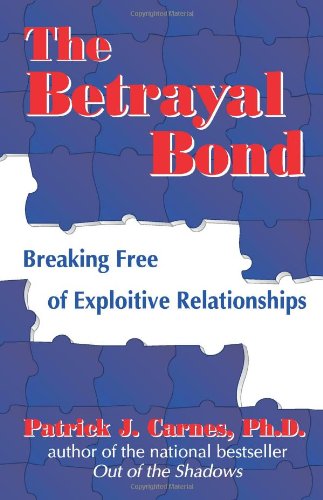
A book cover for The Betrayal Bond: Breaking Free of Exploitive Relationships; Patrick Carnes  Ph.D.; Mystery, Thriller & Suspense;